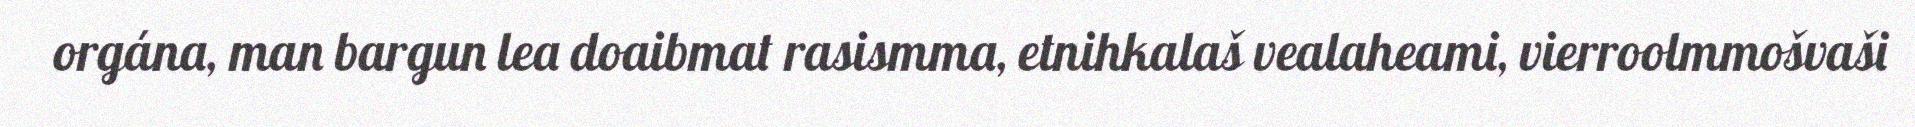
orgána, man bargun lea doaibmat rasismma, etnihkalaš vealaheami, vierroolmmošvaši